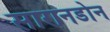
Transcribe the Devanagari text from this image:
सारानडोन